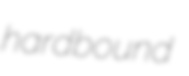
hardbound